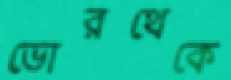
ভোরথেকে